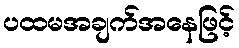
ပထမအချက်အနေဖြင့်